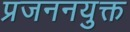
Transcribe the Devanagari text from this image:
प्रजननयुक्त